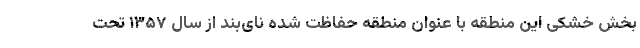
بخش خشکی این منطقه با عنوان منطقه حفاظت شده نای‌بند از سال ۱۳۵۷ تحت